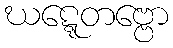
ဃဋ္ဋေတဗ္ဗော